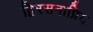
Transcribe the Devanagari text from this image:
द्विरसनाप्रिय